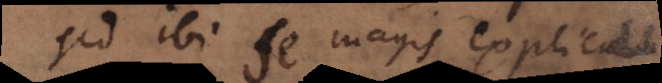
Sed ibi se magis explicat